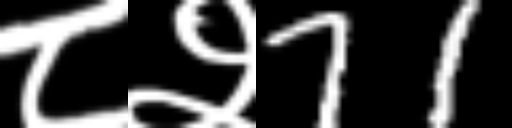
Text: ८२71